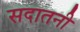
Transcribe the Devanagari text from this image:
सदातनी